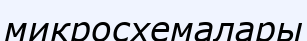
микросхемалары